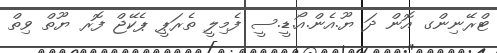
ޓްރޭނިންގ އޮން ދަ ޔޫ.އެން.އޯ.ޑީ.ސީ ފެމިލީ ތެރަޕީ ޕެކޭޖް ފޮރ ޔޫތް ވިތް